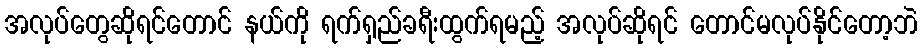
အလုပ်တွေဆိုရင်တောင် နယ်ကို ရက်ရှည်ခရီးထွက်ရမည့် အလုပ်ဆိုရင် တောင်မလုပ်နိုင်တော့ဘဲ